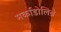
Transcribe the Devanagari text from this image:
मर्काडोलिब्रे